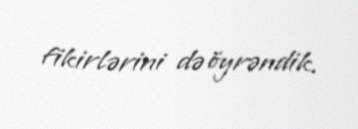
fikirlərini də öyrəndik.